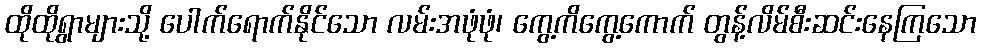
ထိုထိုရွာများသို့ ပေါက်ရောက်နိုင်သော လမ်းအဖုံဖုံ၊ ကွေ့ကိကွေ့ကောက် တွန့်လိမ်စီးဆင်းနေကြသော